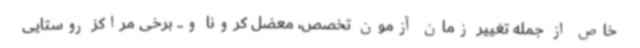
خاص از جمله تغییر زمان آزمون تخصص، معضل کرونا و.. برخی مراکز روستایی